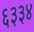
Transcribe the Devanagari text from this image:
६३३४